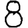
Digit: 8